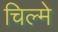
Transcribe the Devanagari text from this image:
चिल्मे